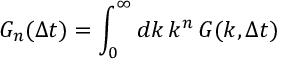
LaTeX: G _ { n } ( \Delta t ) = \int _ { 0 } ^ { \infty } d k \, k ^ { n } \, G ( k , \Delta t )